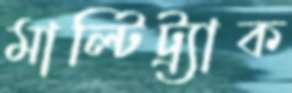
মাল্টিট্র্যাক